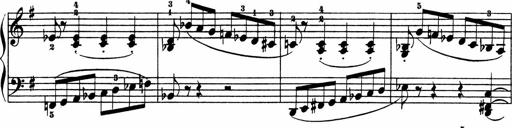
Title: 3 Sonatinen
Composer: Heinrich Lichner